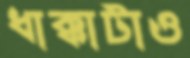
ধাক্কাটাও